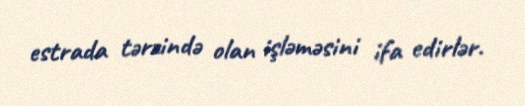
estrada tərzində olan işləməsini ifa edirlər.